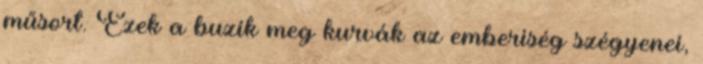
műsort. Ezek a buzik meg kurvák az emberiség szégyenei,